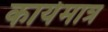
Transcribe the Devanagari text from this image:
कार्यमात्र